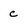
Character: c